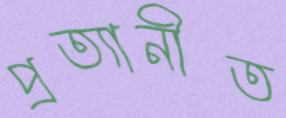
প্রত্যানীত